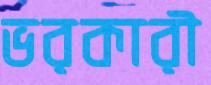
ভরকারী